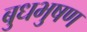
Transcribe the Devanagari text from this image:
बुधभुषण